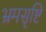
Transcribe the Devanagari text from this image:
भ्रमसृष्टि